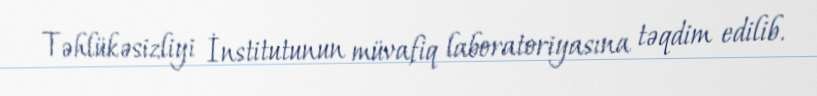
Təhlükəsizliyi İnstitutunun müvafiq laboratoriyasına təqdim edilib.